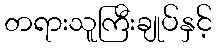
တရားသူကြီးချုပ်နှင့်